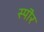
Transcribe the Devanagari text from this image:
स्पॊर